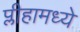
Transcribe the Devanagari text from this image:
प्लीहामध्ये